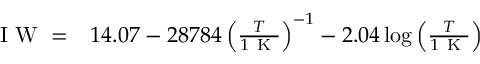
\begin{array} { r l } { \mathrm { ~ I ~ W ~ } = } & { { } 1 4 . 0 7 - 2 8 7 8 4 \left( \frac { T } { 1 \mathrm { ~ K ~ } } \right) ^ { - 1 } - 2 . 0 4 \log { \left( \frac { T } { 1 \mathrm { ~ K ~ } } \right) } } \end{array}